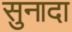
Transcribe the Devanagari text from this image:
सुनादा